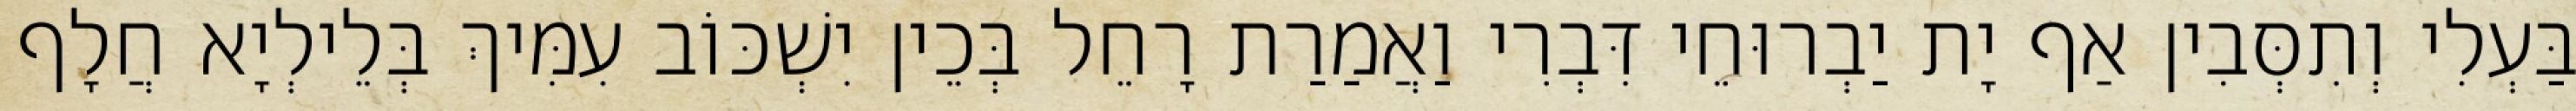
בַּעְלִי וְתִסְּבִין אַף יָת יַבְרוּחֵי דִּבְרִי וַאֲמַרַת רָחֵל בְּכֵין יִשְׁכּוֹב עִמִּיךְ בְּלֵילְיָא חֲלָף